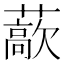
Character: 藃